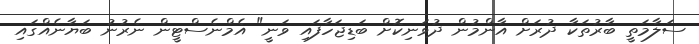
ސަލާމަތީ ބާރުތަކާ ދުރަށް އާންމުން ދުވަނިކޮށް ބަޑިޖަހާފައި ވަނީ" އެމްނެސްޓީން ނެރުނު ބަޔާނެއްގައި